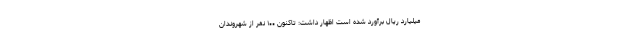
میلیارد ریال برآورد شده است اظهار داشت: تاکنون ۱۰۰ نفر از شهروندان